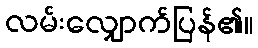
လမ်းလျှောက်ပြန်၏။